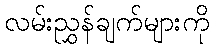
လမ်းညွှန်ချက်များကို